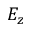
E _ { z }